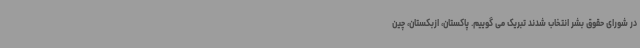
در شورای حقوق بشر انتخاب شدند تبریک می گوییم. پاکستان، ازبکستان، چین